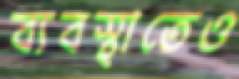
ব্যবস্থাতেও